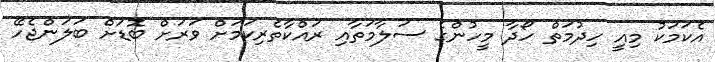
އެކަމަކު މިއީ ހިދުމަތް ހޯދާ މީހުންގެ ސަލާމަތާއި ރައްކާތެރިކަމަށް ވަރަށް ބޮޑަށް ބަލަންޖެހޭ